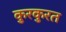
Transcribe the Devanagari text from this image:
कुरकुरत